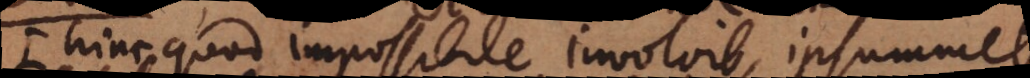
(: Hinc quod impossibile involvit, ipsummet